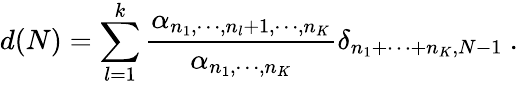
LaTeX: d(N)=\sum_{l=1}^{k}\frac{\alpha_{n_{1},\cdots,n_{l}+1,\cdots,n_{K}}}{\alpha_{n_{1},\cdots,n_{K}}}\delta_{n_{1}+\cdots+n_{K},N-1}\ .